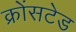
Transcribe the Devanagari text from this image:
क्रोंसटेड